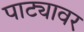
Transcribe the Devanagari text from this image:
पाट्यावर